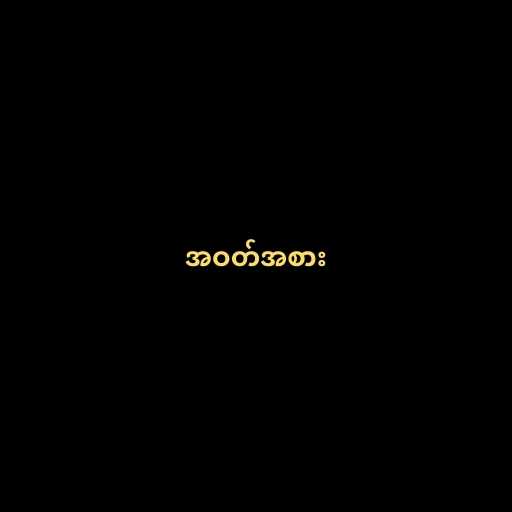
အဝတ်အစား